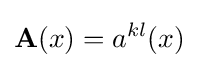
\mathbf {A} (x)=a^{kl}(x)